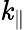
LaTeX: \mathit{k}_{\parallel}